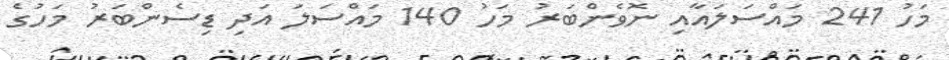
މަހު 241 މައްސަލައާއި ނޮވެންބަރު މަހު 140 މައްސަލަ އަދި ޑިސެންބަރު މަހުގެ